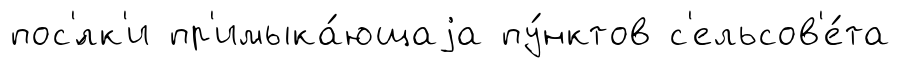
пос'́лк'и пр'имыка́ющаjа пу́нктов с'ельсов'е́та